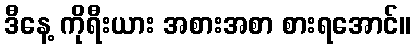
ဒီနေ့ ကိုရီးယား အစားအစာ စားရအောင်။